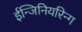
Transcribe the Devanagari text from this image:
ईन्जिनियरिन्ग